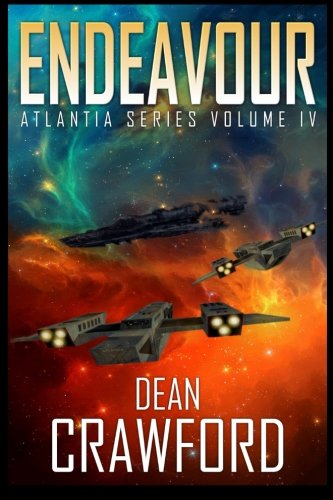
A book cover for Endeavour (Atlantia Series) (Volume 4); Dean Crawford; Science Fiction & Fantasy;